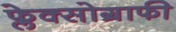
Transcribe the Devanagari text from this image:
फ्लेक्सोग्राफी